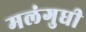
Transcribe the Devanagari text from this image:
मलंगुधी